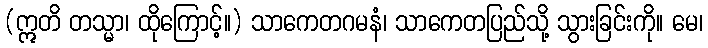
(ဣတိ တသ္မာ၊ ထိုကြောင့်။) သာကေတဂမနံ၊ သာကေတပြည်သို့ သွားခြင်းကို။ မေ၊